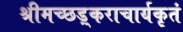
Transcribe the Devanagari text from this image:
श्रीमच्छड़्कराचार्यकृतं